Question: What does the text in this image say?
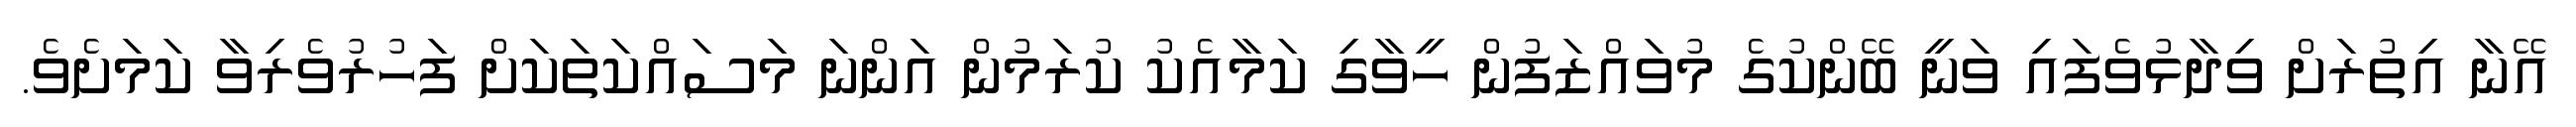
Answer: އޭނާ އިތުރަށް ވިދާޅުވެފައި ވަނީ ބޭންކުގެ މުވައްޒަފުން ހީވާގި ކަމާއެކު ކުރަމުން އަންނަ މަސައްކަތަކަށް ފަހުރުވެރިވާ ކަމަށެވެ.